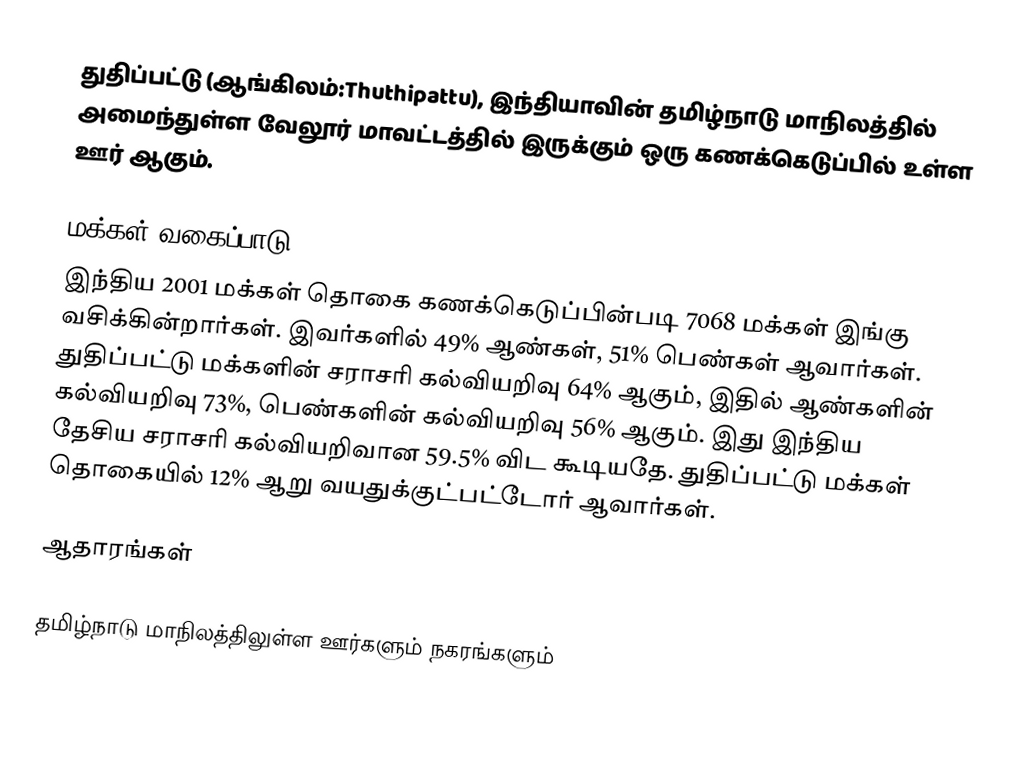
துதிப்பட்டு (ஆங்கிலம்:Thuthipattu), இந்தியாவின் தமிழ்நாடு மாநிலத்தில் அமைந்துள்ள வேலூர் மாவட்டத்தில் இருக்கும் ஒரு கணக்கெடுப்பில் உள்ள ஊர்  ஆகும்.

மக்கள் வகைப்பாடு
இந்திய 2001 மக்கள் தொகை கணக்கெடுப்பின்படி 7068 மக்கள் இங்கு வசிக்கின்றார்கள். இவர்களில் 49% ஆண்கள், 51% பெண்கள் ஆவார்கள். துதிப்பட்டு மக்களின் சராசரி கல்வியறிவு 64% ஆகும்,  இதில் ஆண்களின் கல்வியறிவு 73%,  பெண்களின் கல்வியறிவு 56% ஆகும். இது இந்திய தேசிய சராசரி கல்வியறிவான 59.5% விட கூடியதே. துதிப்பட்டு மக்கள் தொகையில் 12%  ஆறு வயதுக்குட்பட்டோர் ஆவார்கள்.

ஆதாரங்கள்

 தமிழ்நாடு மாநிலத்திலுள்ள ஊர்களும் நகரங்களும்